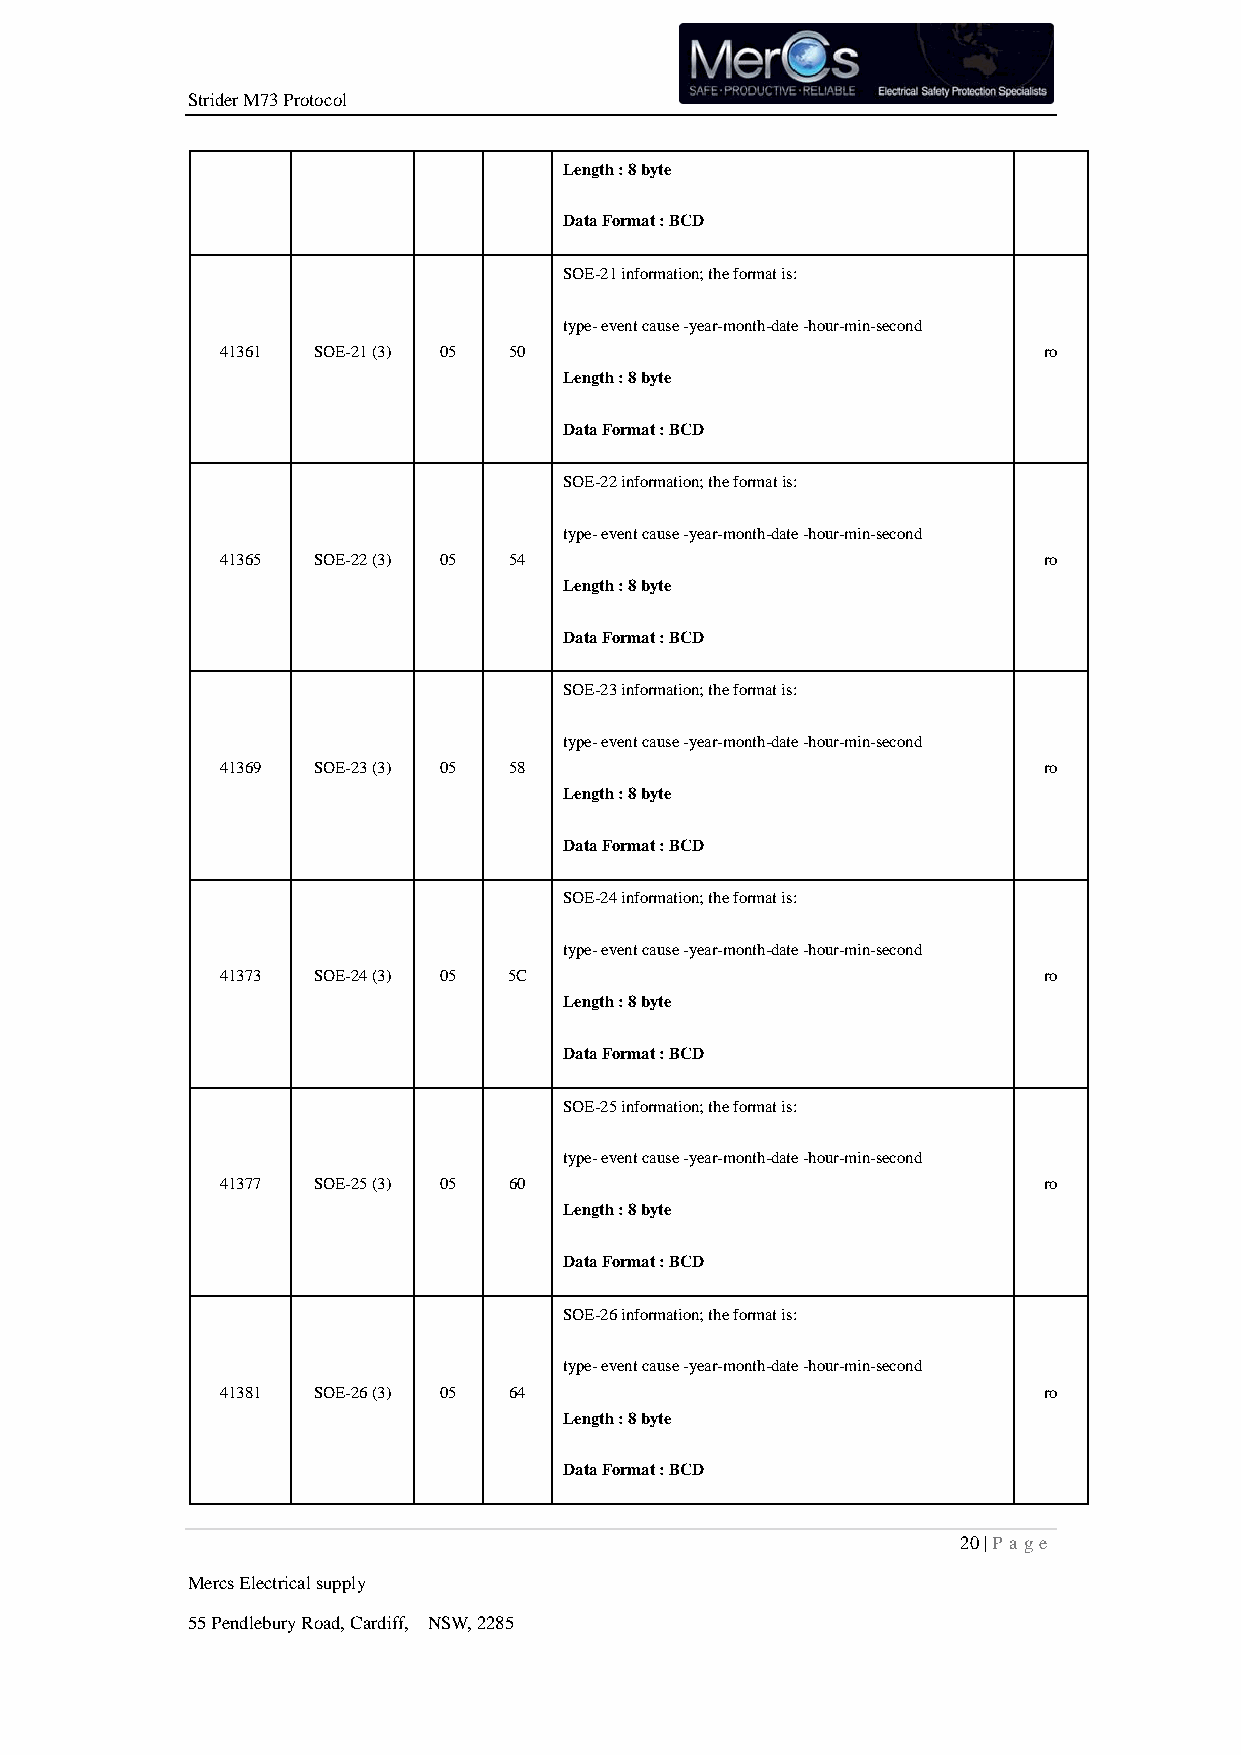
Strider M73 Protocol
 Length : 8 byte
 Data Format : BCD
 SOE-21 information; the format is:
 type- event cause -year-month-date -hour-min-second
 41361 SOE-21 (3) 05 50                                ro
 Length : 8 byte
 Data Format : BCD
 SOE-22 information; the format is:
 type- event cause -year-month-date -hour-min-second
 41365 SOE-22 (3) 05 54                                ro
 Length : 8 byte
 Data Format : BCD
 SOE-23 information; the format is:
 type- event cause -year-month-date -hour-min-second
 41369 SOE-23 (3) 05 58                                ro
 Length : 8 byte
 Data Format : BCD
 SOE-24 information; the format is:
 type- event cause -year-month-date -hour-min-second
 41373 SOE-24 (3) 05 5C                                ro
 Length : 8 byte
 Data Format : BCD
 SOE-25 information; the format is:
 type- event cause -year-month-date -hour-min-second
 41377 SOE-25 (3) 05 60                                ro
 Length : 8 byte
 Data Format : BCD
 SOE-26 information; the format is:
 type- event cause -year-month-date -hour-min-second
 41381 SOE-26 (3) 05 64                                ro
 Length : 8 byte
 Data Format : BCD
 20 | P age
 Mercs Electrical supply
 55 Pendlebury Road, Cardiff, NSW, 2285